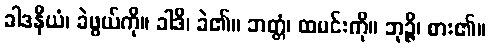
ခါဒနီယံ၊ ခဲဖွယ်ကို။ ခါဒိ၊ ခဲ၏။ ဘတ္တံ၊ ထမင်းကို။ ဘုဉ္ဇိ၊ စား၏။